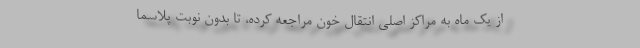
از یک ماه به مراکز اصلی انتقال خون مراجعه کرده، تا بدون نوبت پلاسما